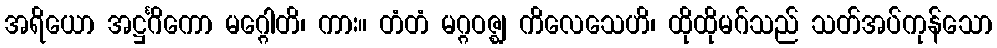
အရိယော အဋ္ဌင်္ဂိကော မဂ္ဂေါတိ၊ ကား။ တံတံ မဂ္ဂဝဇ္ဈ ကိလေသေဟိ၊ ထိုထိုမဂ်သည် သတ်အပ်ကုန်သော